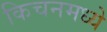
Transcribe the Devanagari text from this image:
किचनमध्ये